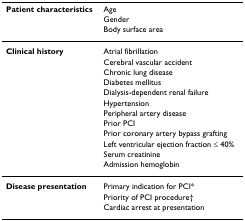
| Patient characteristics | Age |
 |  | Gender |
 |  | Body surface area |
 | --- | --- |
 | Clinical history | Atrial fibrillation |
 |  | Cerebral vascular accident |
 |  | Chronic lung disease |
 |  | Diabetes mellitus |
 |  | Dialysis-dependent renal failure |
 |  | Hypertension |
 |  | Peripheral artery disease |
 |  | Prior PCI |
 |  | Prior coronary artery bypass grafting |
 |  | Left ventricular ejection fraction ≤ 40% |
 |  | Serum creatinine |
 |  | Admission hemoglobin |
 | Disease presentation | Primary indication for PCI* |
 |  | Priority of PCI procedure† |
 |  | Cardiac arrest at presentation |